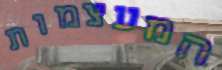
המעצמות